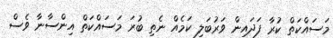
މަސައްކަތް ކުރާ ފަދައިން ވަރުބަލި ކަމެއް ނެތި ބުރަ މަސައްކަތް އިންސާނާ ވެސް